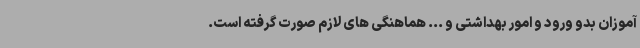
آموزان بدو ورود و امور بهداشتی و ... هماهنگی های لازم صورت گرفته است.